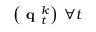
\left( \textbf { q } _ { t } ^ { k } \right) \; \forall t